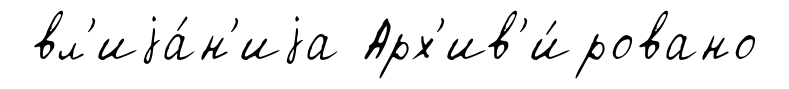
вл'иjа́н'иjа Арх'ив'и́ровано